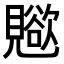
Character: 𧢊